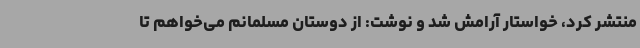
منتشر کرد، خواستار آرامش شد و نوشت: از دوستان مسلمانم می‌خواهم تا